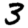
Digit: 3